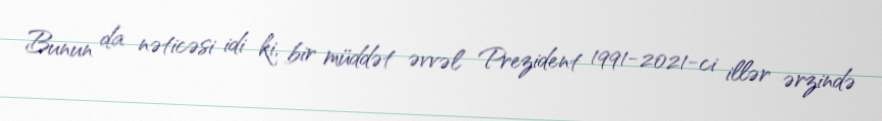
Bunun da nəticəsi idi ki, bir müddət əvvəl Prezident 1991-2021-ci illər ərzində